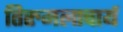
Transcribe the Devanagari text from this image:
तिरुमलाचार्य